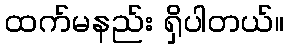
ထက်မနည်း ရှိပါတယ်။